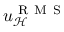
u _ { \mathcal { H } } ^ { \mathrm { ~ R ~ M ~ S ~ } }